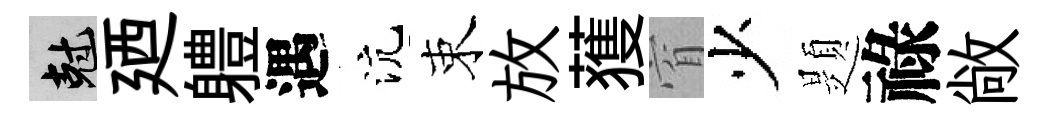
剋廼軆遇沆束放𫉬窅少題祿敞